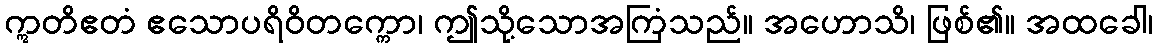
ဣတိဧတံ ဧသောပရိဝိတက္ကော၊ ဤသို့သောအကြံသည်။ အဟောသိ၊ ဖြစ်၏။ အထခေါ၊